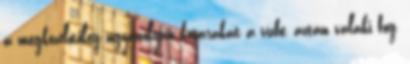
a megközelítőleg ugyanolyan kosarakat a vízbe, aztán valaki fog,